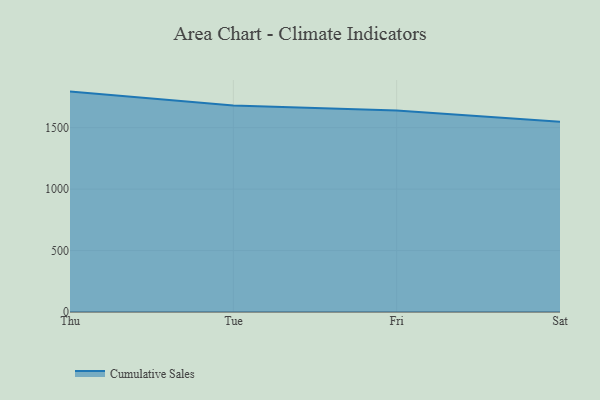
{"axis": {"x": "Day", "y": "Humidity (%)"}, "legend": ["Cumulative Sales"], "data": [{"x": "Thu", "y": 1793.7, "type": "Cumulative Sales"}, {"x": "Tue", "y": 1680.6, "type": "Cumulative Sales"}, {"x": "Fri", "y": 1639.8, "type": "Cumulative Sales"}, {"x": "Sat", "y": 1548.5, "type": "Cumulative Sales"}]}